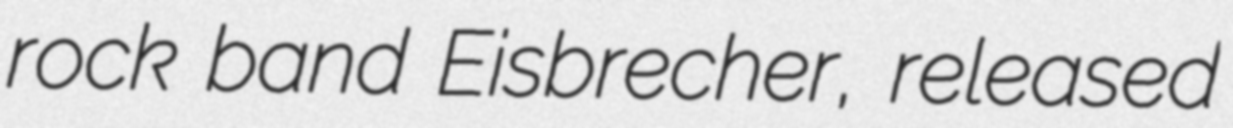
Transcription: rock band Eisbrecher, released